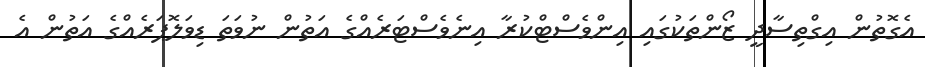
އެގޮތުން އިގްތިސާދީ ޒޯންތަކުގައި އިންވެސްޓްކުރާ އިނެވެސްޓަރެއްގެ އަތުން ނުވަތަ ޑިވަލޮޕަރެއްގެ އަތުން އެ